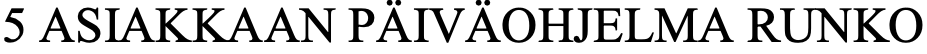
5 ASIAKKAAN PÄIVÄOHJELMA RUNKO